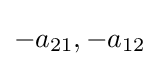
-a_{21},-a_{12}